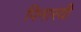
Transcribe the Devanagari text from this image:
पिनारयी